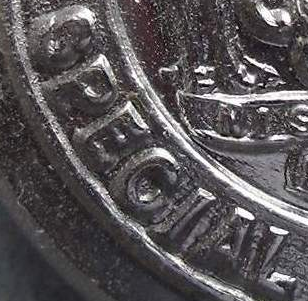
OPECIAL